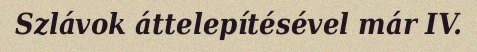
Szlávok áttelepítésével már IV.